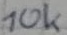
Text: 10k